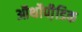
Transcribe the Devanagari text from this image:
ऑर्थोपी़डिक